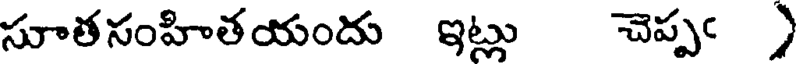
సూతసంహితయందు ఇట్లు చెప్పఁ )